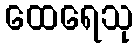
ထေရေသု